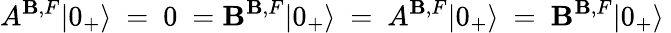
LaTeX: A^{\mathbf{B},F}|0_{+}\rangle~=~0~=\mathbf{B}^{\mathbf{B},F}|0_{+}\rangle~=~A^{\mathbf{B},F}|0_{+}\rangle~=~\mathbf{B}^{\mathbf{B},F}|0_{+}\rangle~